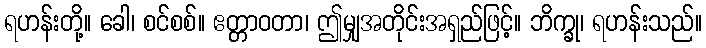
ရဟန်းတို့။ ခေါ၊ စင်စစ်။ ဧတ္တာဝတာ၊ ဤမျှအတိုင်းအရှည်ဖြင့်။ ဘိက္ခု၊ ရဟန်းသည်။